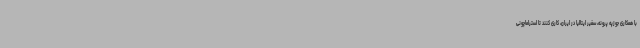
با همکاری جوزپه پرونه، سفیر ایتالیا در ایران، کاری کنند تا استراماچونی